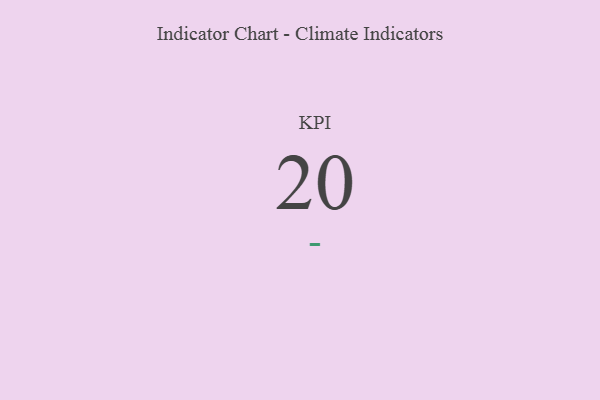
{"axis": {"x": "KPI", "y": "Value"}, "legend": [""], "data": [{"x": "KPI", "y": 20, "type": ""}]}